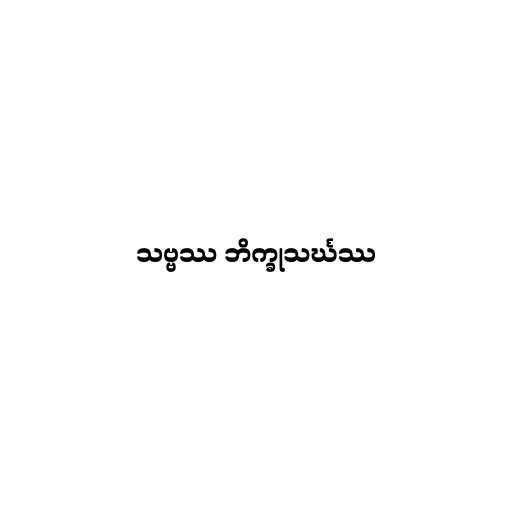
သဗ္ဗဿ ဘိက္ခုသင်္ဃဿ